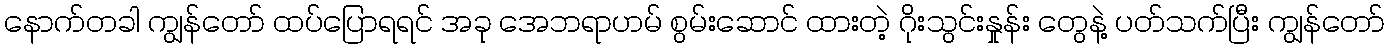
နောက်တခါ ကျွန်တော် ထပ်ပြောရရင် အခု အေဘရာဟမ် စွမ်းဆောင် ထားတဲ့ ဂိုးသွင်းနှုန်း တွေနဲ့ ပတ်သက်ပြီး ကျွန်တော်